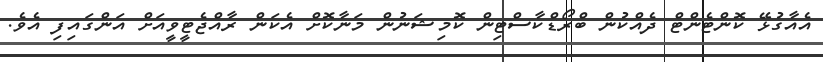
އެއާގުޅޭ ކޮންޓެންޓް ދެއްކުން ބްރޯޑްކާސްޓިން ކޮމިޝަނުން މަނާކޮށް އެކަން ރާއްޖެޓީވީއަށް އަންގައިފި އެވެ.